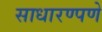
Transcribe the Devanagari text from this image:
साधारण्पणे